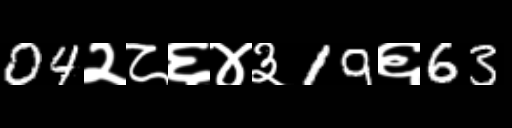
Text: 04२८६४३19६63